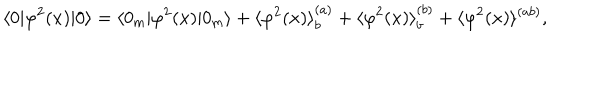
\langle 0 | \varphi ^ { 2 } ( x ) | 0 \rangle = \langle 0 _ { { \mathrm { m } } } | \varphi ^ { 2 } ( x ) | 0 _ { { \mathrm { m } } } \rangle + \langle \varphi ^ { 2 } ( x ) \rangle _ { b } ^ { ( a ) } + \langle \varphi ^ { 2 } ( x ) \rangle _ { b } ^ { ( b ) } + \langle \varphi ^ { 2 } ( x ) \rangle ^ { ( a b ) } ,